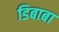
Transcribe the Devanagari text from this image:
डिबाबा